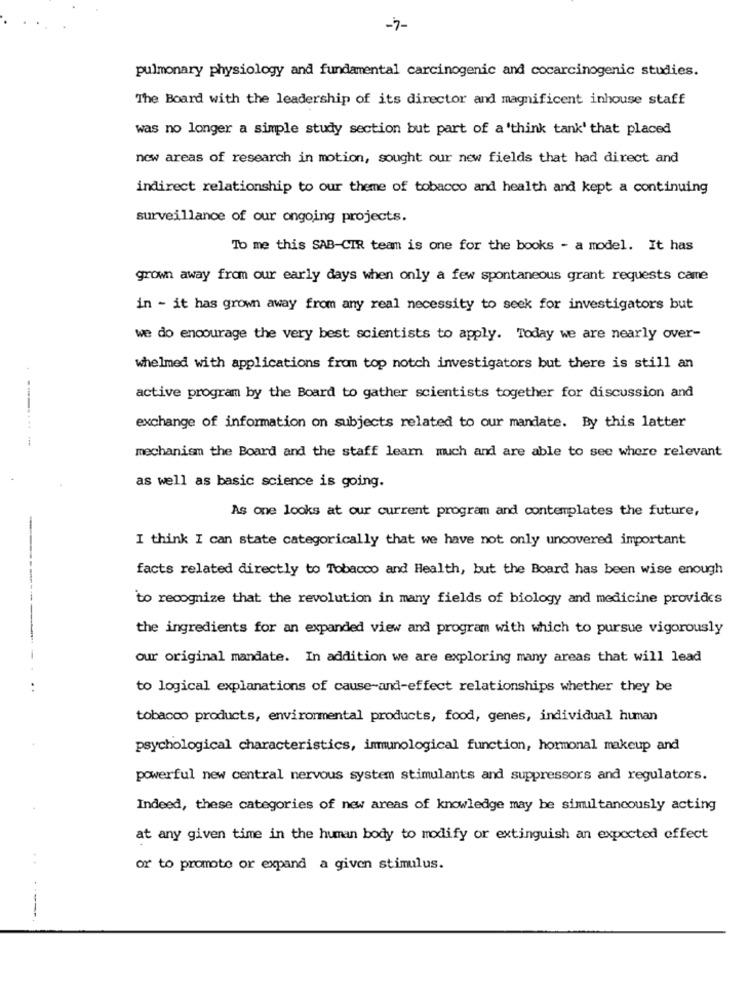
-7-
pulmonary physiology and fundamental carcinogenic and cocarcinogenic studies.
The Board with the leadership of its director and magnificent inhouse staff
was no longer a simple study section but part of a 'think tank' that placed
now areas of research in motion, sought our new fields that had direct and
indirect relationship to our theme of tobacco and health and kept a continuing
surveillance of our ongoing projects.
To me this SAB-CIR team is one for the books - a model. It has
grown away from our early days when only a few spontaneous grant requests came
in - it has grown away from any real necessity to seek for investigators but
we do encourage the very best scientists to apply. Today we are nearly over-
whelmed with applications from top notch investigators but there is still an
active program by the Board to gather scientists together for discussion and
exchange of information on subjects related to our mandate. By this latter
-------
mechanism the Board and the staff learn much and are able to see where relevant
as well as basic science is going.
As one looks at our current program and contemplates the future,
I think I can state categorically that we have not only uncovered important
facts related directly to Tobacco and Health, but the Board has been wise enough
to recognize that the revolution in many fields of biology and medicine provides
-------
the ingredients for an expanded view and program with which to pursue vigorously
our original mandate. In addition we are exploring many areas that will lead
..
to logical explanations of cause-and-effect relationships whether they be
tobacco products, environmental products, food, genes, individual human
psychological characteristics, immunological function, hormonal makeup and
powerful new central nervous system stimulants and suppressors and regulators.
Indeed, these categories of new areas of knowledge may be simultaneously acting
at any given time in the human body to modify or extinguish an expected effect
or to promote or expand a given stimulus.